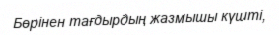
Бөрінен тағдырдың жазмышы күшті,